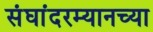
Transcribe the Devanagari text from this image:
संघांदरम्यानच्या